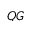
Q G